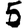
Digit: 5